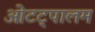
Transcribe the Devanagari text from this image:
ओटट्पालम